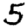
Digit: 5